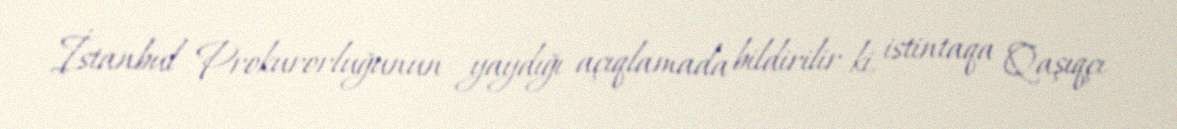
İstanbul Prokurorluğunun yaydığı açıqlamada bildirilir ki, istintaqa Qaşıqçı